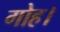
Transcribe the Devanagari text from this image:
गोह।